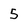
Character: 5